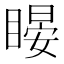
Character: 䁙